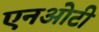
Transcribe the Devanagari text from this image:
एनओटी